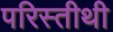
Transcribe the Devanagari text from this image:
परिस्तीथी